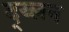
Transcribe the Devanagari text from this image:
द्य्लन